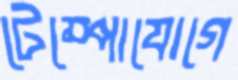
টেম্পোযোগে